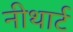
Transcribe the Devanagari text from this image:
नीथार्ट